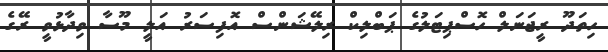
ހިތަދޫ ރީޖަނަލް ހޮސްޕިޓަލުގެ ޕަބްލިކް ރިލޭޝަންސް އޮފިސަރު އަލީ މޫސާ ވިދާޅުވީ ރޭގެ